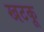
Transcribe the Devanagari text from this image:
खटकू